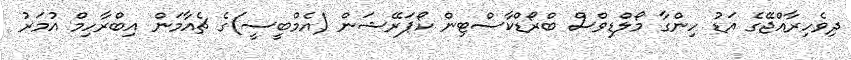
ދިވެހިރާއްޖޭގެ އަޑު ހިންގާ މޯލްޑިވްސް ބްރޯޑްކާސްޓިން ކޯޕަރޭޝަން (އެމްބީސީ)ގެ ޗެއާމަން އިބްރާހިމް އުމަރު